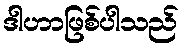
ဒါဟာဖြစ်ပါသည်